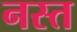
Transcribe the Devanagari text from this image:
नस्त